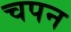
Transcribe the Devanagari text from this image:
चपन